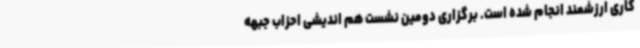
کاری ارزشمند انجام شده است. برگزاری دومین نشست هم اندیشی احزاب جبهه